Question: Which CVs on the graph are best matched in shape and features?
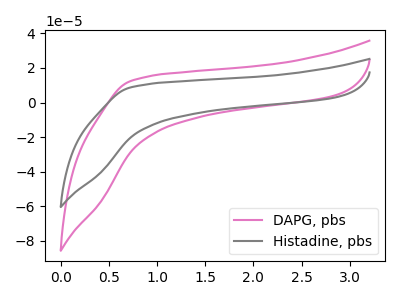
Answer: <think>The pink curve "DAPG, pbs" has no peaks. The gray curve "Histadine, pbs" has no peaks.
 Neither "DAPG, pbs" or "Histadine, pbs" have any peaks.</think>
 <answer>"DAPG, pbs" and "Histadine, pbs" have the same shape and are likely CV's of the same chemical.</answer>
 <eval>"DAPG, pbs" "Histadine, pbs"</eval>